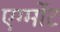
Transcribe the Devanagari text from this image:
एग्मोंट